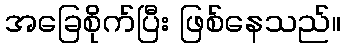
အခြေစိုက်ပြီး ဖြစ်နေသည်။